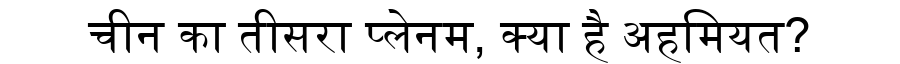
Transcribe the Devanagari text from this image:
चीन का तीसरा प्लेनम, क्या है अहमियत?